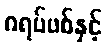
ဂရပ်ဖစ်နှင့်